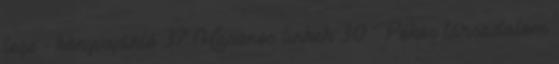
lege - könyvajánló 37 Hasznos linkek 30 Pókos társadalom